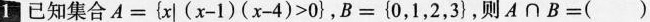
1已知集合$$A = { x | ( x - 1 ) ( x - 4 ) > 0 }$$，$$B = { 0 ， 1 ， 2 ， 3 }$$，则A∩B=( )